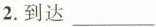
2.到达___